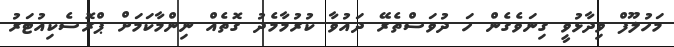
މަހުލޫފް ވިދާޅުވީ ގިނަވެގެން ހަ ދުވަސްތެރޭ ދައުވާ ކުރުމާމެދު ގޮތެއް ނިންމާކަމަށް ޕްރޮސެކިއުޓަރު